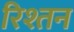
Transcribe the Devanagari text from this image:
रिश्तन